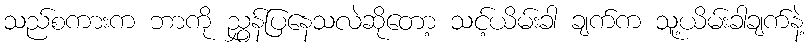
သည်စကားက ဘာကို ညွှန်ပြနေသလဲဆိုတော့ သင့်ယိမ်းခါ ချက်က သူ့ယိမ်းခါချက်နဲ့